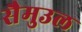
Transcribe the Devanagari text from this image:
सैमुउल